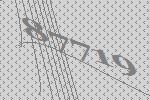
87719